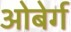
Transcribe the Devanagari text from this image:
ओबेर्ग